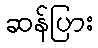
ဆန်ပြား